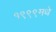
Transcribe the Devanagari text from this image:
१९९९मधे